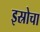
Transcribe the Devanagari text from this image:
इस्रोचा